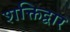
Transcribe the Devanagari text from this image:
शक्तिद्वार